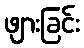
ဖျားခြင်း